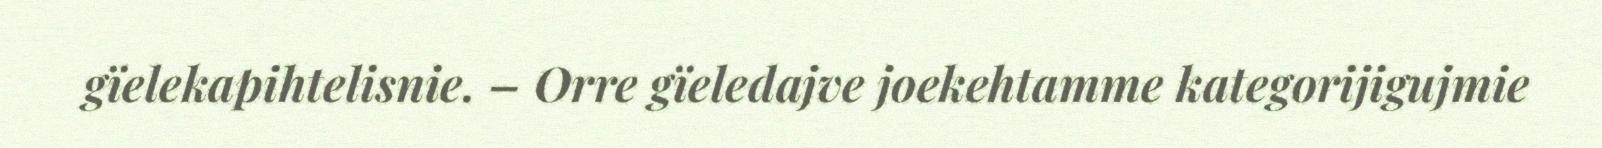
gïelekapihtelisnie. – Orre gïeledajve joekehtamme kategorijigujmie